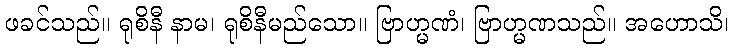
ဖခင်သည်။ ရုစိနီ နာမ၊ ရုစိနီမည်သော။ ဗြာဟ္မဏံ၊ ဗြာဟ္မဏသည်။ အဟောသိ၊